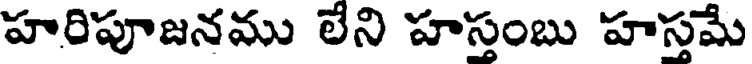
హరిపూజనము లేని హస్తంబు హస్తమే